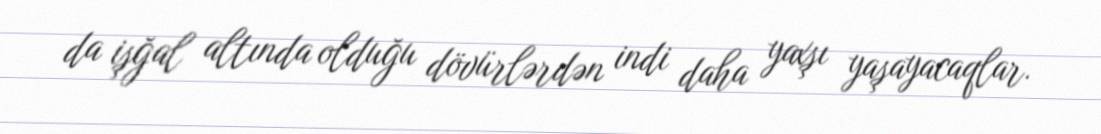
da işğal altında olduğu dövürlərdən indi daha yaxşı yaşayacaqlar.